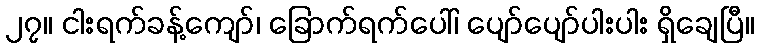
၂၇။ ငါးရက်ခန့်ကျော်၊ ခြောက်ရက်ပေါ်၊ ပျော်ပျော်ပါးပါး ရှိချေပြီ။